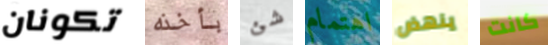
تكونان بأخذه شئ اهتمام ينهض كانت